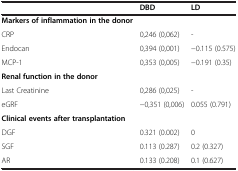
|  | DBD | LD |
 | --- | --- | --- |
 | Markers of inflammation in the donor |  |  |
 | CRP | 0,246 (0,062) | - |
 | Endocan | 0,394 (0,001) | −0.115 (0.575) |
 | MCP-1 | 0,353 (0,005) | −0.191 (0.35) |
 | Renal function in the donor |  |  |
 | Last Creatinine | 0,286 (0,025) | - |
 | eGRF | −0,351 (0,006) | 0.055 (0.791) |
 | Clinical events after transplantation |  |  |
 | DGF | 0.321 (0.002) | 0 |
 | SGF | 0.113 (0.287) | 0.2 (0.327) |
 | AR | 0.133 (0.208) | 0.1 (0.627) |